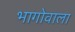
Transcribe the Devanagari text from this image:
भागोवाला